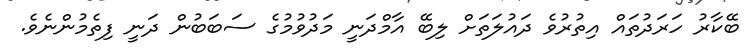
ބޭކާރު ހަރަދުތައް އިތުރުވެ ދައުލަތަށް ލިބޭ އާމްދަނީ މަދުވުމުގެ ސަބަބުން ދަނީ ފިތެމުންނެވެ.